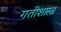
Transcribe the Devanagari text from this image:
गतीशास्त्र